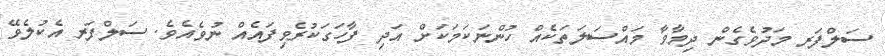
ސަލްފަރ މަދުވެގެން ދިމާވާ މައްސަލަތަކެއް ހުންނަކަމަކަށް އަދި ފާހަގަކުރެވިފައެއް ނުވެއެވެ. ސަލްފަރ އެކުލެވޭ